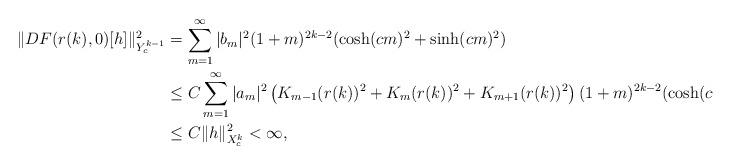
LaTeX: \begin{align*}\|DF(r(k),0)[h]\|_{Y^{k-1}_{c}}^{2} & = \sum_{m=1}^{\infty}|b_{m}|^{2}(1+m)^{2k-2}(\cosh(cm)^{2} + \sinh(cm)^{2}) \\& \leq C\sum_{m=1}^{\infty}|a_{m}|^{2}\left(K_{m-1}(r(k))^{2} + K_{m}(r(k))^{2} + K_{m+1}(r(k))^{2} \right)(1+m)^{2k-2}(\cosh(cm)^{2} + \sinh(cm)^{2}) \\& \leq C\|h\|_{X^{k}_{c}}^{2} < \infty,\end{align*}